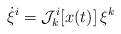
LaTeX: \begin{align*}\dot\xi^i = {\cal J}^i_k[ x(t)]\, \xi^k\end{align*}